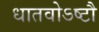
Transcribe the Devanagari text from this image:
धातवोऽष्टौ